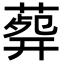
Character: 𦸟